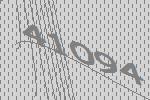
41094